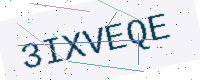
Text: 3IXVEQE